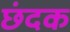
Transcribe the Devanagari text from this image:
छंदक